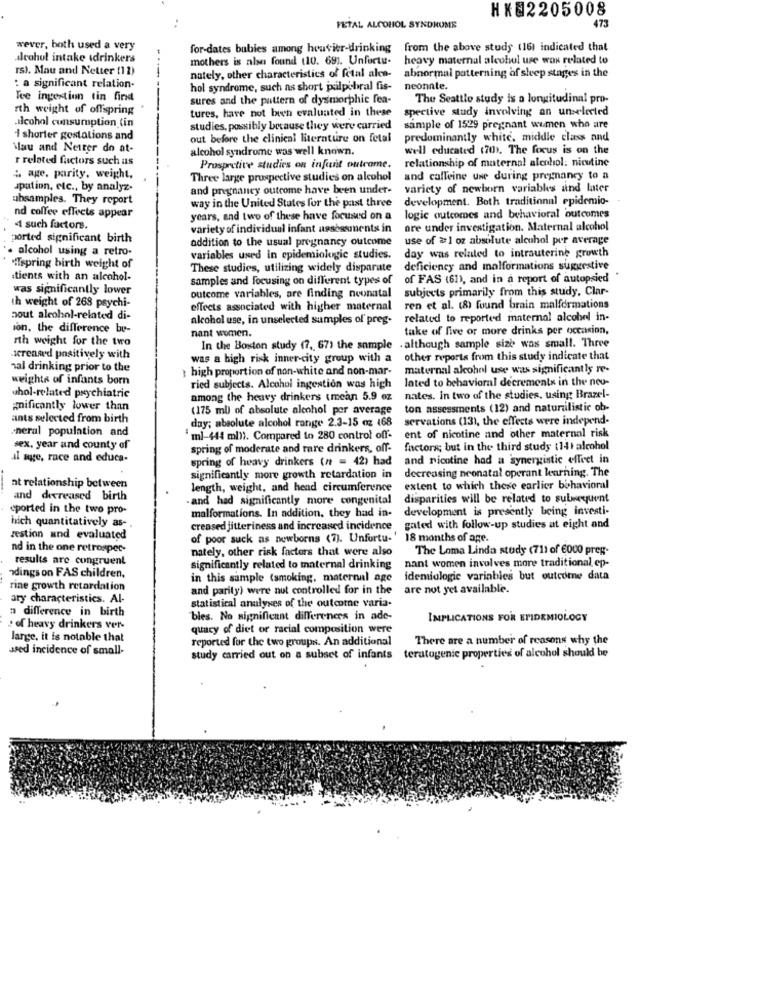
HK82205008
..
FETAL ALCOHOL SYNDROME
473
wever, both used a very
for-dates bubles among houvier-drinking from the above study (16) indicated that
deahol intake idrinkers
mothers is also found (10. 69). Unfortu.
heavy maternal alcohol use wax related to
rs). Mau and Netter (11)
nately, other characteristics of fctal alca-
abnormal patterning of sleep stages in the
. a significant relation-
hol syndrome, such as short palpebral fis-
neonnte.
Tee ingestion tin first
sures and the pattern of dysmorphic fea-
The Seattle study is a longitudinal pro-
rth weight of offspring
tures, have not buch evaluated in these spective study involving an unselected
alcohol consumption (in
studies, possibly because they were carried sample of 1529 pregnant women who are
I shorter gostations and
out before the clinical literature on fetal
predominantly white, middle class and
Mau and Neiter do at-
alcohol syndrome was well known.
well educated 170). The focus is on the
r related factors such as
relationship of maternal alcohol: nicutine
Prospective studies on infunt outrome.
: age, parity, weight,
Three large prospective studies on alcohol and caffeine une during pregnancy to a
upation, etc ., by analyz.
and pregnancy outcome have been under- variety of newborn variables and later
ubsamples. They report
way in the United States for the past three
development. Both traditional epidemio-
nd coffee effects appear
years, and two of these have focused on a
logic outcomes and behavioral outcomes
1 such factors.
variety of individual infant assessments in
are under investigation. Maternal alcohol
ported significant birth
addition to the usual pregnancy outcome
use of #1 oz absolute alcohol por average
. alcohol using a retro-
variables used in epidemiologic studies.
day was related to intrauterine growth
MITspring birth weight of
These studies, utilizing widely disparate
deficiency and malformations suggestive
stients with an alcohol-
samples and focusing on different types of
of FAS (61), and in a report of autopsied
was significantly lower
outcome variables, are finding neonatal
subjects primarily from this study, Clar-
th weight of 268 psychi-
effects associated with higher maternal
ren et al. (8) found brain malformations
pout alcohol-related di-
alcohol use, in unselected samples of preg- related to reported maternal alcohol in-
ion, the difference be-
nant women.
take of five or more drinks per occasion,
Ith weight for the two
In the Boston study (7, 67) the sample . although sample size was small. Three
serenwe'd positively with
was a high risk inner-city group with a other reports from this study indicate that
nal drinking prior to the
high proportion of non-white and non-mar-
maternal alcohol use was significantly re-
weights of infants born
lated to behavioral decrements in the neo-
ried subjects. Alcohol ingestion was high
uhol-related psychiatric
among the heavy drinkers tmean 5.9 oz
nates. in two of the studies. using Brazel-
#nificantly lower than
(175 ml) of absolute alcohol per average
ton assessments (12) and naturalistic ob-
ants selected from birth
day; absolute alcohol range 2.3-15 oz 168
servations (13), the effects were independ-
neral population and
"ml-444 mb)). Compared to 280 control off-
ent of nicotine and other maternal risk
sex. year and county of
spring of moderate and rare drinkers, off-
factors; but in the third study (141 alcohol
il age, race and educa-
spring of heavy drinkers (n = 42) had
and nicotine had a synergistic effeet in
decreasing neonatal operant learning. The
significantly more growth retardation in
at relationship between
length, weight, and head circumference
extent to which these earlier behavioral
and decreased birth
-and had significantly more congenital
disparities will be related to subsequent
eported in the two pro-
development is presently being investi-
malformations. In addition, they had in-
hich quantitatively as-
creased jitteriness and increased incidence
gated with follow-up studies at eight and
zestion and evaluated
of poor suck as newborns (7). Unfortu-'
18 months of age.
nd in the one retrosper-
nately, other risk factors that were also
The Loma Linda study (711 of €000 preg-
results are congruent
significantly related to maternal drinking nant women involves more traditional ep-
ndings on FAS children,
in this sample (smoking, maternal age
idemiologie variables but outcome data
rine growth retardation
and parity) were nut controlled for in the
are not yet available.
ary characteristics. Al-
statistical analyses of the outcome varia.
n difference in birth
bles. No significant differences in ade-
IMPLICATIONS FOR EPIDEMIOLOGY
· of heavy drinkers ver-
quacy of' diet or racial composition were
lange, it is notable that
reported for the two groups. An additional
There are a number of reasons why the
used incidence of small-
study carried out on a subset of infants teratogenic properties of alcohol should be